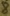
Text: 8